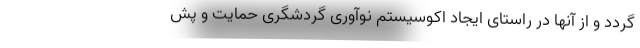
گردد و از آنها در راستای ایجاد اکوسیستم نوآوری گردشگری حمایت و پش